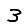
Digit: 3